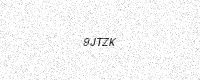
Text: 9JTZK